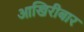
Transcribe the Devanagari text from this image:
आखिरीबार